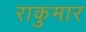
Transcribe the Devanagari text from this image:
राकुमार